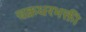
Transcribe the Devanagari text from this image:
चक्रधरभक्ती